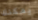
يمكنك